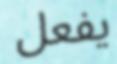
يفعل